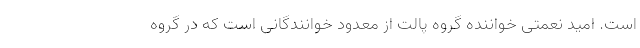
است. امید نعمتی خواننده گروه پالت از معدود خوانندگانی است که در گروه